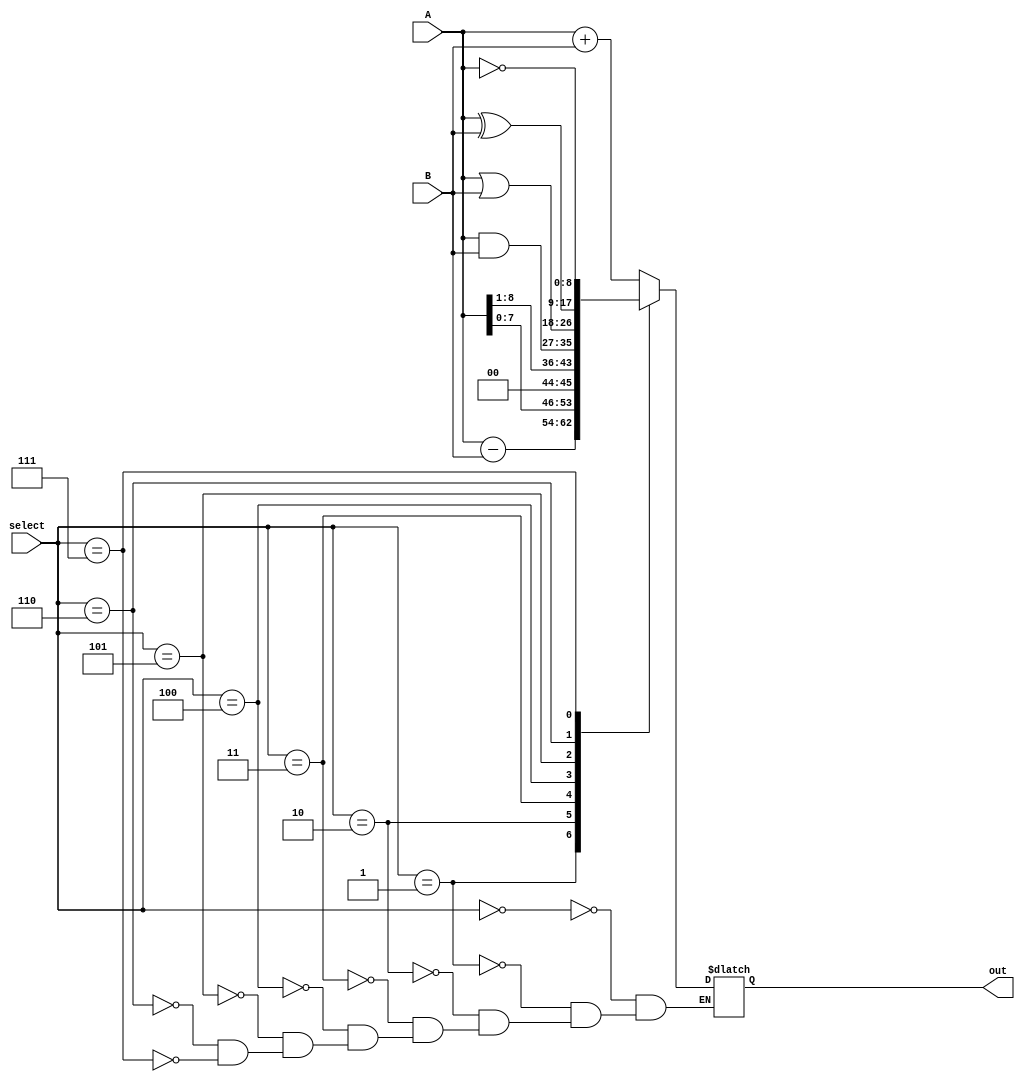
module ALU(
    input [8:0] A, B,       // Input registers (A is Num 1, B is Num 2)             
    input [3:0] select,     // Select bits
    output [8:0] out        // Output
    );
    
    reg [8:0] result;       // Result register
    assign out=result;      // Assign arithmetic or logical result to output register
    always @(*)
    
    begin
        case(select)
        4'b0000:            // Opcode for Add
            result=(A+B);
        4'b0001:            // Opcode for Sub
            result=(A-B);
        4'b0010:            // Opcode for left shift
            result=(A<<1);  // (Note that only A (Num 1) is operated on, thus B (Num 2) has no effect
        4'b0011:            // Opcode for shift right
            result=(A>>1);  // (Note that only A (Num 1) is operated on, thus B (Num 2) has no effect
        4'b0100:            // Opcode for AND 
            result=(A&B);
        4'b0101:            // Opcode for OR
            result=(A|B);
        4'b0110:            // Opcode for XOR
            result=(A^B);
        4'b0111:            // Opcode for NOT
            result=(~A);    // (Note that only A (Num 1) is operated on, thus B (Num 2) has no effect
        endcase
    end


endmodule




module testbench1;


    reg[8:0] A, B;          // Input registers (A is Num 1, B is Num 2) 
    reg[3:0] select;        // Select bits
    wire[8:0] out;          // Output
    integer i;              // For loop counter
    
    ALU test1(
        A, B,               // Input registers (A is Num 1, B is Num 2)                
        select,             // Selection bits
        out                 // Output
    );
    
    initial begin
        A = 8'h01;          // First input (Num 1)
        B = 8'hFF;          // Second input (Num 2)
        select = 4'h0;      // Initialize select bits to all zeros
    
    
        // Display labels 
        $display("Num 1           Num 2           Operation    Current Output           Next State ");
        
        // Loop for displaying Num 1, Num 2, Operation, and Current State
        for (i=0;i<=8;i=i+1)
        begin
            // Ensure output is within valid range
            if ((out>=9'b000000000) && (out<=9'b111111111))
                // Display Num 1, Num 2, and Opcode
                $write("%b", A, " (", "%d", A, ") ", "%b", B, " (", "%d", B, ") ", "%b", (select-1'b1), " (");
        
            // Display Operation depending on select bits and Current State
            case(select)
            4'b0001:
                $write("Add)   Running "); 
            4'b0010:
                $write("Sub)   Running ");
            4'b0011:
                $write("Left)  Running ");
            4'b0100:
                $write("Right) Running ");
            4'b0101:
                $write("AND)   Running ");
            4'b0110:
                $write("OR)    Running ");
            4'b0111:
                $write("XOR)   Running ");
            4'b1000:
                $write("NOT)   Running ");
                
        endcase
       
        // Output validation and error handling for Add, Left Shift
        if ( ((out>=9'b000000000) && (out<=9'b111111111)) && ((i==1) || (i==3)) ) 
        begin
            if (out<=9'b011111111)
                $display("%b", out, " (", "%d", out, ")  Running");
            else
                $display("XXXXXXXXX (Nan)  ERROR");
        end
       
        // Output validation and error handling for Sub
        if ( ((out>=9'b000000000) && (out<=9'b111111111)) && (i==2) ) 
        begin
            if (out>=9'b100000000)
                $display("%b", out, " (-", "%d", ~(out-1'b1), ") Running");
            else
                $display("%b", out, " (", "%d", out, ")  Running");
        end
       
        // Output validation and error handling for Right Shift, AND, OR, XOR, NOT
        if ( ((out>=9'b000000000) && (out<=9'b111111111)) && ((i>=4) && (i<=8)) )
        begin
            if (out<=9'b011111111)
                $display("%b", out, " (", "%d", out, ")  Running");
            else
                $display("%b", (out-9'b100000000), " (", "%d", (out-9'b100000000), ")  Running"); 
        end
       
        #10;
        select=select+4'h1; // Add 1 to select bits
        end
        
        $display("");
      
    end
endmodule










module testbench2;


    reg[8:0] A, B;          // Input registers (A is Num 1, B is Num 2) 
    reg[3:0] select;        // Select bits
    wire[8:0] out;          // Output
    integer i;              // For loop counter
    
    ALU test2(
        A, B,               // Input registers (A is Num 1, B is Num 2)                
        select,             // Selection bits
        out                 // Output
    );
    
    initial begin
        A = 8'hEE;          // First input (Num 1)
        B = 8'hA0;          // Second input (Num 2)
        select = 4'h0;      // Initialize select bits to all zeros
    
        
        // Loop for displaying Num 1, Num 2, Operation, and Current State
        for (i=0;i<=8;i=i+1)
        begin
            // Ensure output is within valid range
            if ((out>=9'b000000000) && (out<=9'b111111111))
                // Display Num 1, Num 2, and Opcode
                $write("%b", A, " (", "%d", A, ") ", "%b", B, " (", "%d", B, ") ", "%b", (select-1'b1), " (");
        
            // Display Operation depending on select bits and Current State
            case(select)
            4'b0001:
                $write("Add)   Running "); 
            4'b0010:
                $write("Sub)   Running ");
            4'b0011:
                $write("Left)  Running ");
            4'b0100:
                $write("Right) Running ");
            4'b0101:
                $write("AND)   Running ");
            4'b0110:
                $write("OR)    Running ");
            4'b0111:
                $write("XOR)   Running ");
            4'b1000:
                $write("NOT)   Running ");
                
        endcase
       
        // Output validation and error handling for Add, Left Shift
        if ( ((out>=9'b000000000) && (out<=9'b111111111)) && ((i==1) || (i==3)) ) 
        begin
            if (out<=9'b011111111)
                $display("%b", out, " (", "%d", out, ")  Running");
            else
                $display("XXXXXXXXX (Nan)  ERROR");
        end
       
        // Output validation and error handling for Sub
        if ( ((out>=9'b000000000) && (out<=9'b111111111)) && (i==2) ) 
        begin
            if (out>=9'b100000000)
                $display("%b", out, " (-", "%d", ~(out-1'b1), ") Running");
            else
                $display("%b", out, " (", "%d", out, ")  Running");
        end
       
        // Output validation and error handling for Right Shift, AND, OR, XOR, NOT
        if ( ((out>=9'b000000000) && (out<=9'b111111111)) && ((i>=4) && (i<=8)) )
        begin
            if (out<=9'b011111111)
                $display("%b", out, " (", "%d", out, ")  Running");
            else
                $display("%b", (out-9'b100000000), " (", "%d", (out-9'b100000000), ")  Running"); 
        end
       
        #100;
        select=select+4'h1; // Add 1 to select bits
        end
        
        $display("");
      
    end
endmodule










module testbench3;


    reg[8:0] A, B;          // Input registers (A is Num 1, B is Num 2) 
    reg[3:0] select;        // Select bits
    wire[8:0] out;          // Output
    integer i;              // For loop counter
    
    ALU test3(
        A, B,               // Input registers (A is Num 1, B is Num 2)                
        select,             // Selection bits
        out                 // Output
    );
    
    initial begin
        A = 8'h70;          // First input (Num 1)
        B = 8'h0B;          // Second input (Num 2)
        select = 4'h0;      // Initialize select bits to all zeros
    
        
        // Loop for displaying Num 1, Num 2, Operation, and Current State
        for (i=0;i<=8;i=i+1)
        begin
            // Ensure output is within valid range
            if ((out>=9'b000000000) && (out<=9'b111111111))
                // Display Num 1, Num 2, and Opcode
                $write("%b", A, " (", "%d", A, ") ", "%b", B, " (", "%d", B, ") ", "%b", (select-1'b1), " (");
        
            // Display Operation depending on select bits and Current State
            case(select)
            4'b0001:
                $write("Add)   Running "); 
            4'b0010:
                $write("Sub)   Running ");
            4'b0011:
                $write("Left)  Running ");
            4'b0100:
                $write("Right) Running ");
            4'b0101:
                $write("AND)   Running ");
            4'b0110:
                $write("OR)    Running ");
            4'b0111:
                $write("XOR)   Running ");
            4'b1000:
                $write("NOT)   Running ");
                
        endcase
       
        // Output validation and error handling for Add, Left Shift
        if ( ((out>=9'b000000000) && (out<=9'b111111111)) && ((i==1) || (i==3)) ) 
        begin
            if (out<=9'b011111111)
                $display("%b", out, " (", "%d", out, ")  Running");
            else
                $display("XXXXXXXXX (Nan)  ERROR");
        end
       
        // Output validation and error handling for Sub
        if ( ((out>=9'b000000000) && (out<=9'b111111111)) && (i==2) ) 
        begin
            if (out>=9'b100000000)
                $display("%b", out, " (-", "%d", ~(out-1'b1), ") Running");
            else
                $display("%b", out, " (", "%d", out, ")  Running");
        end
       
        // Output validation and error handling for Right Shift, AND, OR, XOR, NOT
        if ( ((out>=9'b000000000) && (out<=9'b111111111)) && ((i>=4) && (i<=8)) )
        begin
            if (out<=9'b011111111)
                $display("%b", out, " (", "%d", out, ")  Running");
            else
                $display("%b", (out-9'b100000000), " (", "%d", (out-9'b100000000), ")  Running"); 
        end
       
        #1000;
        select=select+4'h1; // Add 1 to select bits
        end
      
    end
endmodule